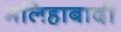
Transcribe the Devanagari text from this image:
मलिहाबादी